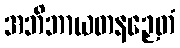
အဘိဘာယတနဉှေတံ